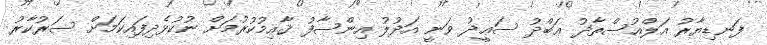
ފަނޑިޔާރު އަލްއުސްތާޛު ޢަބްދު ސަޢީދު ވަނީ އަދުލު އިންސާފު ޤާއިމުކުރުމަށް ނުކުޅެދިފައިކަމަށް ސަރުކާރު